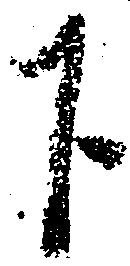
下